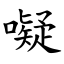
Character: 㘈